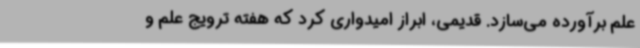
علم برآورده می‌سازد. قدیمی، ابراز امیدواری کرد که هفته ترویج علم و